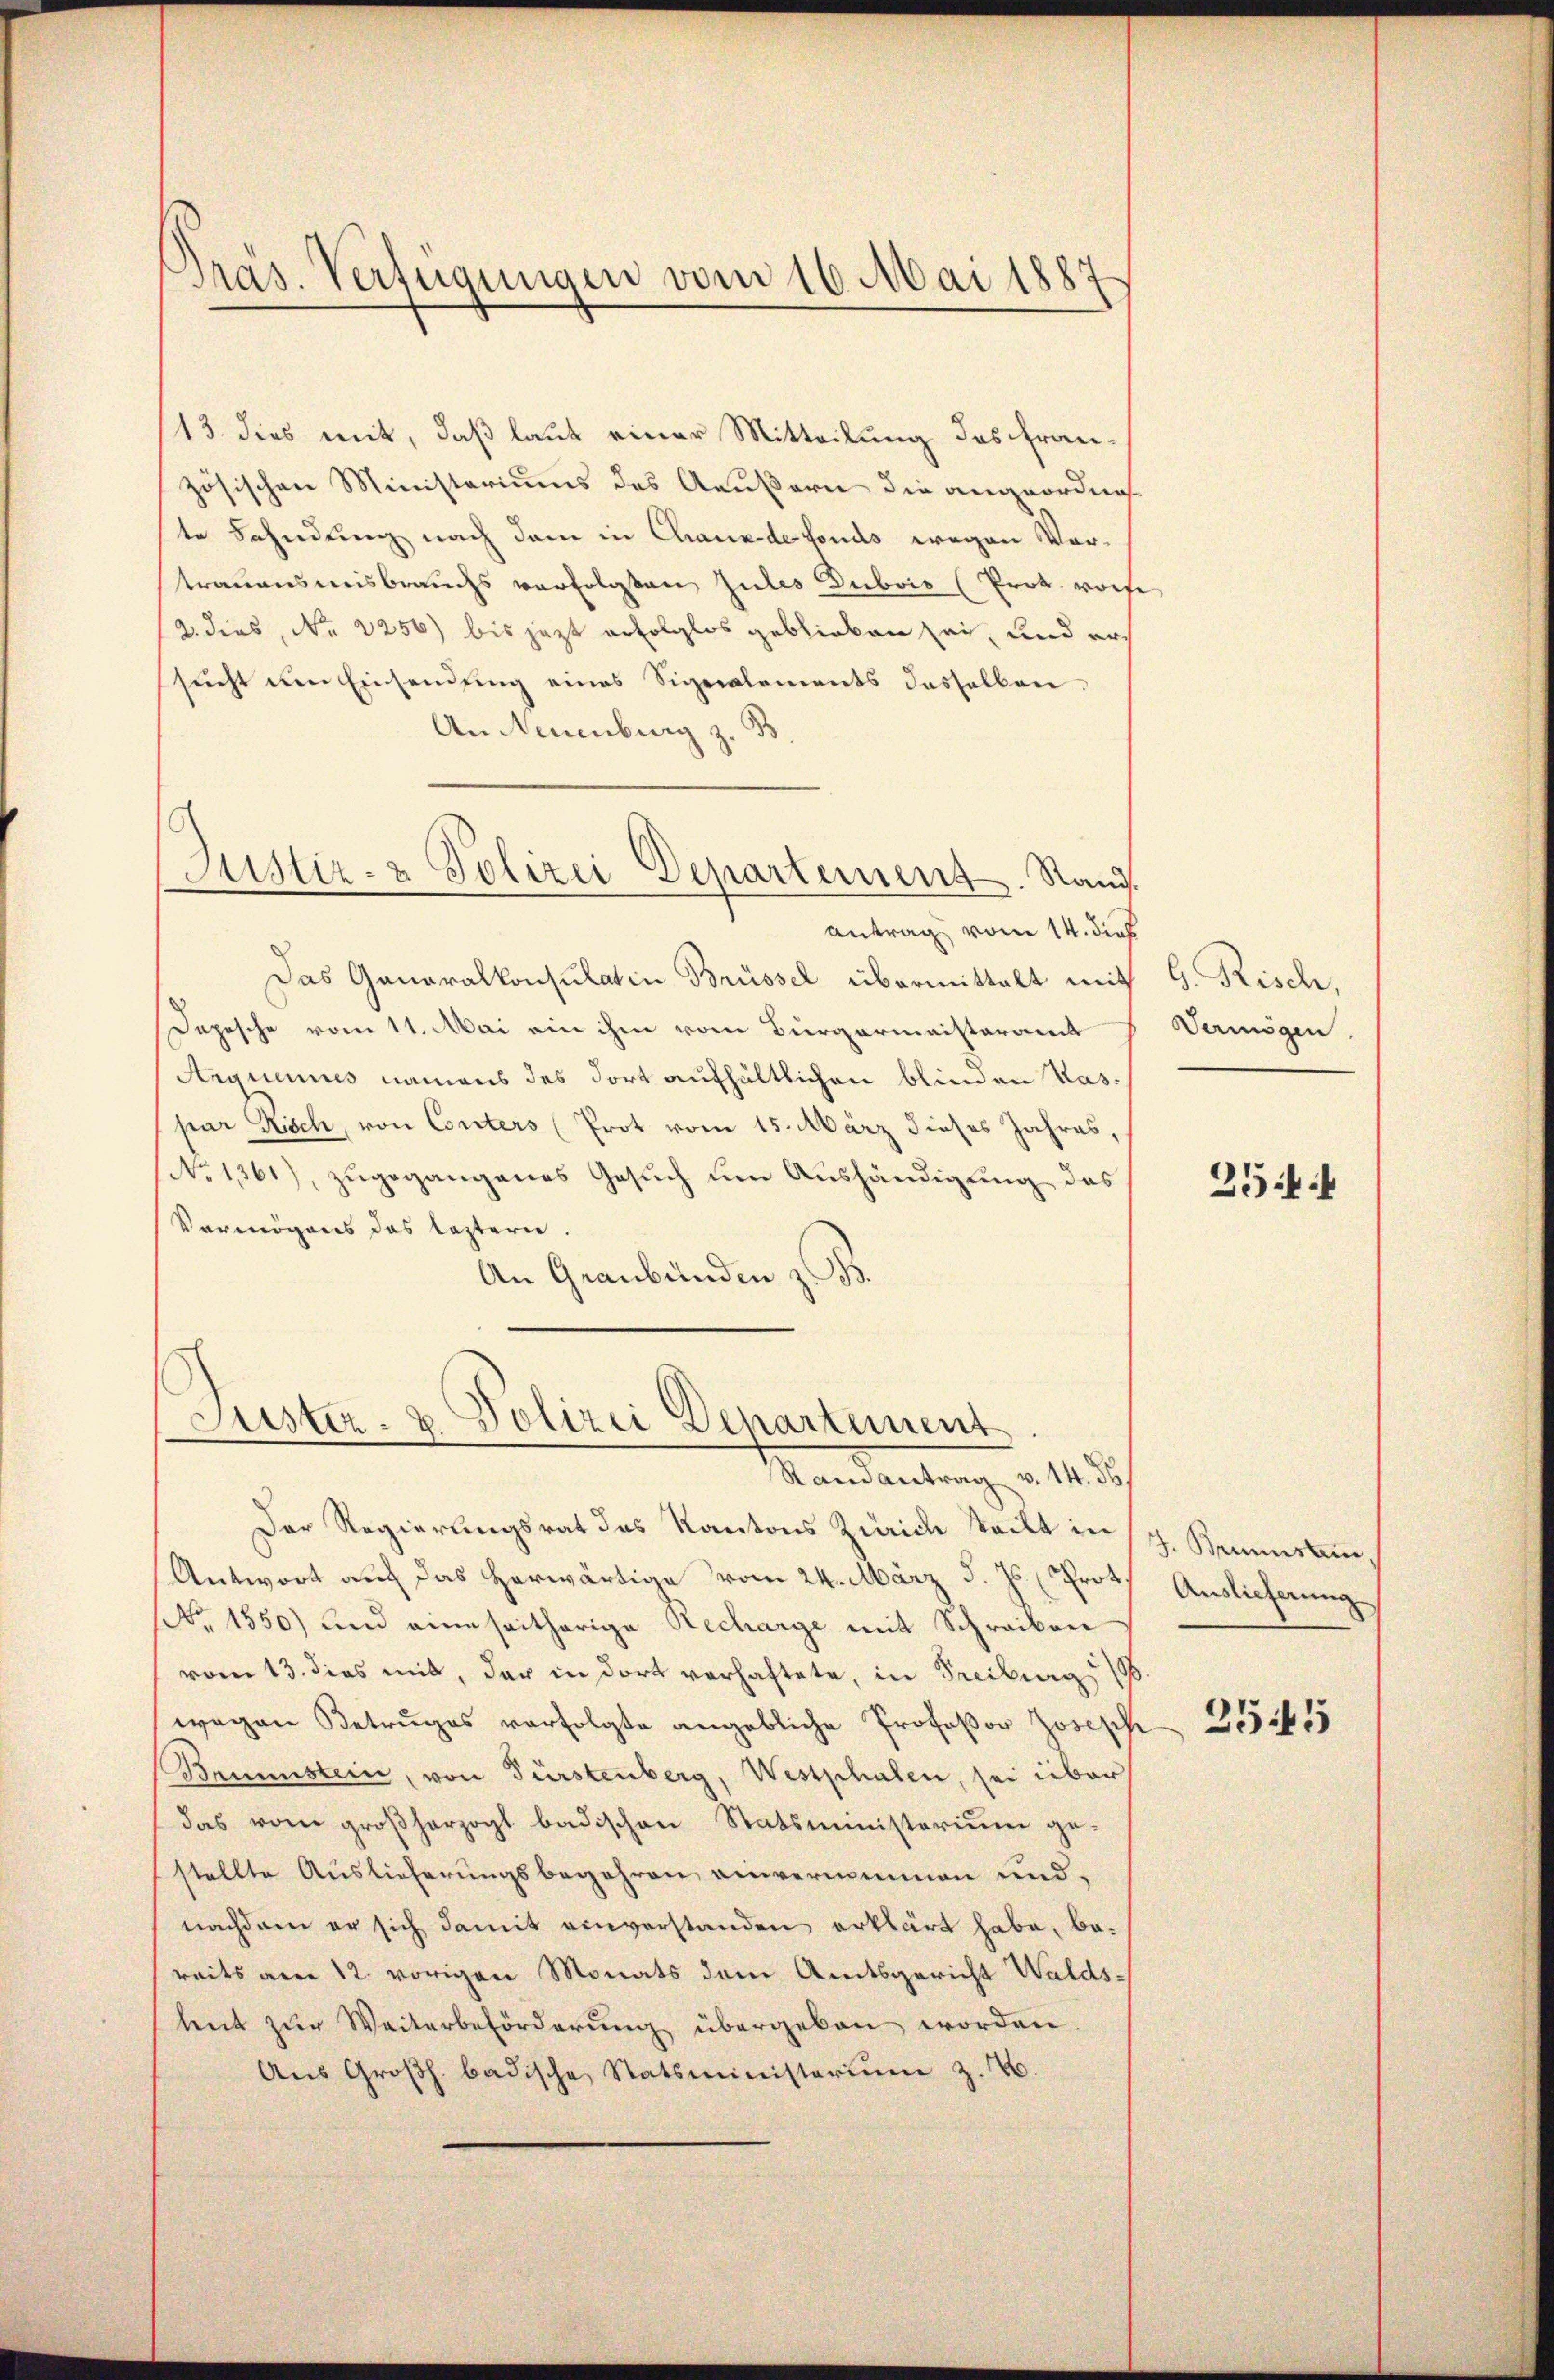
Pras. Verfügungen vom 16. Mai 1887

(13. dies mit, daß laut einer Mitteilung des französischen Ministeriums des Aeußern die angeordnet
te Fahndung nach dem in Chaux de fonds wegen Vertrauensmisbrauchs verfolgten Zules Dubois (Prot. vorf
2. dies, No 2256) bis jezt erfolglos geblieben sei, und er
sucht um Einsendung eines Signalements dasselben
An Neuenburg z. B.
antrag vom 14. dies
Das Ganaralkonsulatin Brüssel übermittalt mit
Depesche vom 11. Mai ein ihm vom Bürgermeisteramt
Anqucines namens des dort aufhältlichen blinden Kaspar Nisch, von Conters (Prot vom 15. März dieses Jahres,
No 1361), zugegangenes Gesuch um Aushändigung des
Vermögens das leztern.
An Graubünden z. B.

Justiz- & Polizei Departement. Rand.

Justiz- & Polizei Departement
Mandantrag, 14. d.

Der Regierungsrat des Kantons Zürich teilt in
Antwort auf das herwärtige vom 24. März d. Js. Proto
Nr. 1550) und eine seitherige Recharge mit Schreiben
vom 13. dies mit, der in dort verhaftete, in Freiburg 198.
wagen Betrugs verfolgte angebliche Profeßor Joseph
Brunstein, von Fürstenberg, Westphalen, sei über
das vom großherzogt badischen Statsministerium ge-
stellte Auslieferungsbegehren, einvernommen und
nachdem er sich damit einverstanden erklärt habe, bereits am 12. vorigen Monats dem Amtsgericht Waldstent zur Weiterbeförderung übergeben worden
Aus Großh. badische Statsministerium z. B.

G. Risch,
Vermögen.

254

J. Brunstein.
Auslieferung